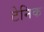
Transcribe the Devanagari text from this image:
टेनिक